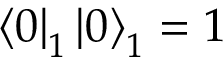
\left\langle 0 \right| _ { 1 } \left| 0 \right\rangle _ { 1 } = 1